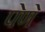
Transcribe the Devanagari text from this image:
पेणे